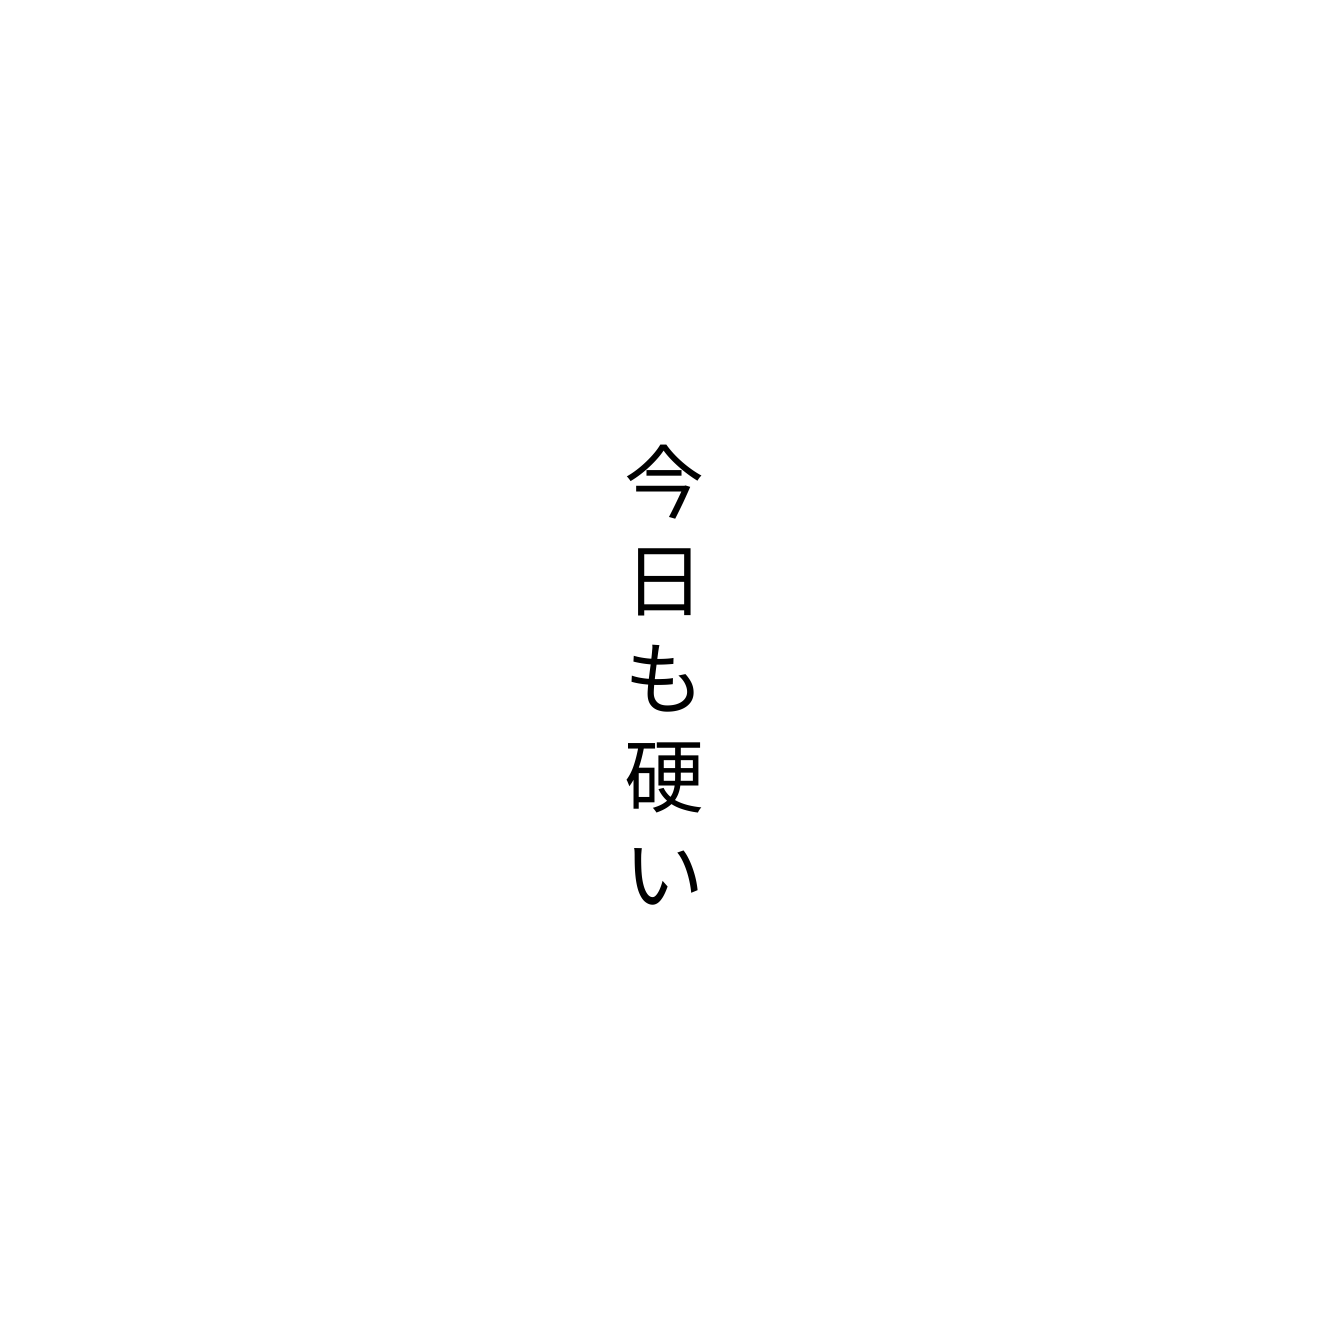
今日も硬い